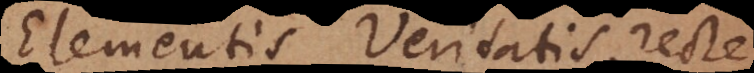
Elementis Veritatis recte